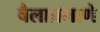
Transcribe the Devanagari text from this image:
बैलाप्रमाणे